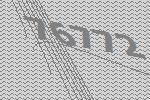
76772